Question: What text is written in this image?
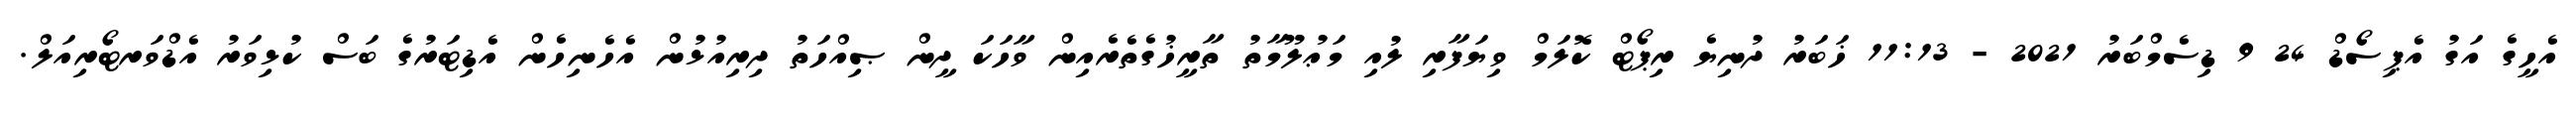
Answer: އެހީގެ އަގު އެޕިސޯޑް 24 9 ޑިސެމްބަރު 2021 - 11:13 ޚަބަރު ދުނިޔެ ރިޕޯޓް ކޮލަމް ވިޔަފާރި ލުއި މަޢުލޫމާތު ތާރީޚުގެތެރެއިން ވާހަކަ ދީން ޞިއްހަތު ދިރިއުޅުން އެހެނިހެން އެޑިޓަރުގެ ބަސް ކުޅިވަރު އެޑްވަރޓޯރިއަލް.